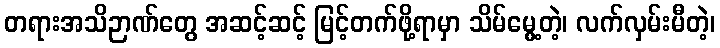
တရားအသိဉာဏ်တွေ အဆင့်ဆင့် မြင့်တက်ဖို့ရာမှာ သိမ်မွေ့တဲ့၊ လက်လှမ်းမီတဲ့၊